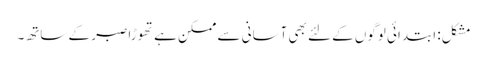
مشکل: ابتدائی لوگوں کے لئے بھی آسانی سے ممکن ہے تھوڑا صبر کے ساتھ۔